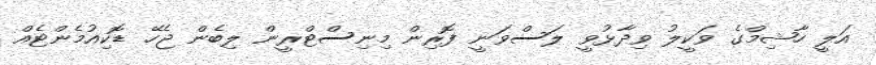
އަލީ ހާޝިމްގެ ވަކީލު ވިދާޅުވީ ލަސްވަނީ ފޮރިން މިނިސްޓްރީން ލިބެން ޖެހޭ ޑޮކިއުމެންޓެއް